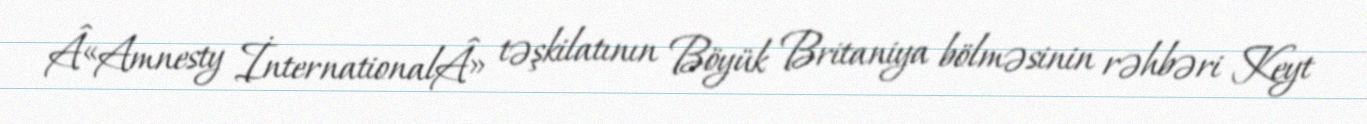
Â«Amnesty İnternationalÂ» təşkilatının Böyük Britaniya bölməsinin rəhbəri Keyt